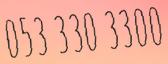
053 330 3300